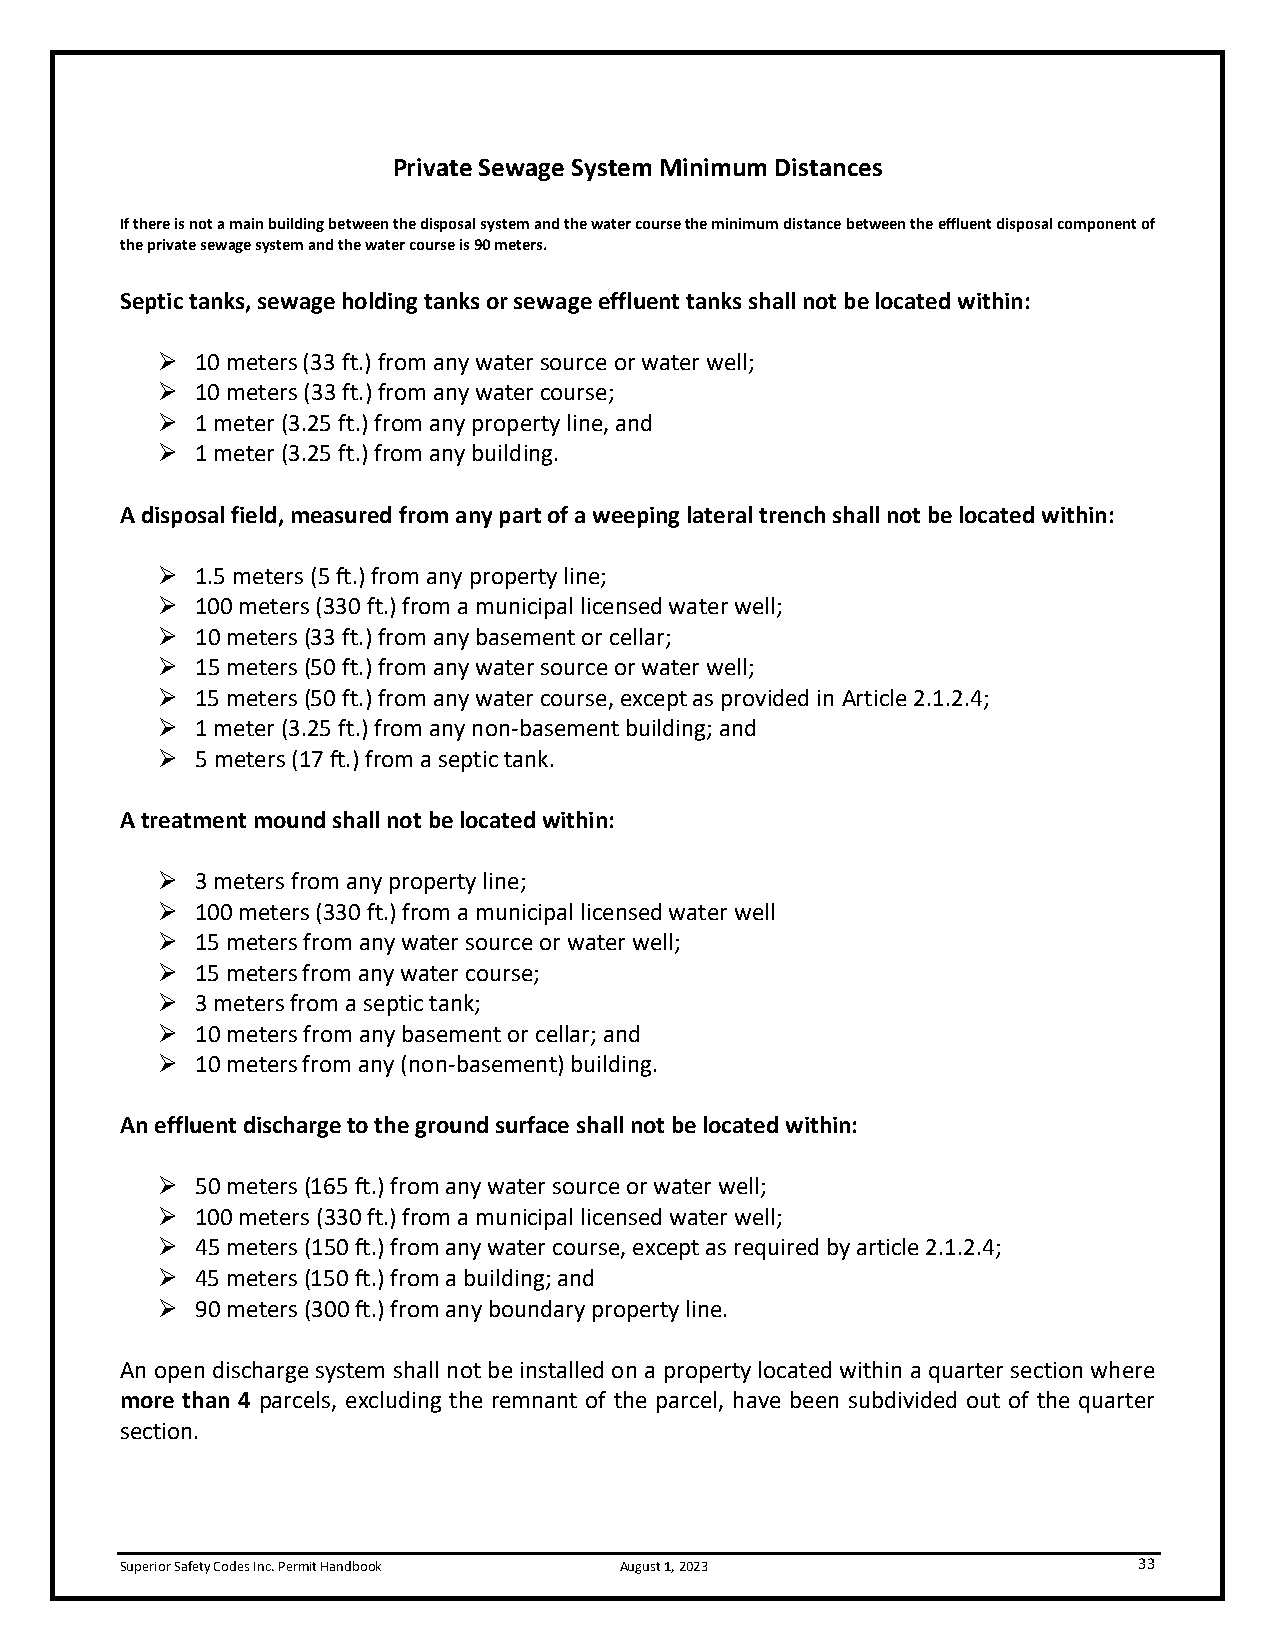
Private Sewage System Minimum Distances
 If there is not a main building between the disposal system and the water course the minimum distance between the effluent disposal component of
 the private sewage system and the water course is 90 meters.
 Septic tanks, sewage holding tanks or sewage effluent tanks shall not be located within:
 ➢  10 meters (33 ft.) from any water source or water well;
 ➢  10 meters (33 ft.) from any water course;
 ➢  1 meter (3.25 ft.) from any property line, and
 ➢  1 meter (3.25 ft.) from any building.
 A disposal field, measured from any part of a weeping lateral trench shall not be located within:
 ➢  1.5 meters (5 ft.) from any property line;
 ➢  100 meters (330 ft.) from a municipal licensed water well;
 ➢  10 meters (33 ft.) from any basement or cellar;
 ➢  15 meters (50 ft.) from any water source or water well;
 ➢  15 meters (50 ft.) from any water course, except as provided in Article 2.1.2.4;
 ➢  1 meter (3.25 ft.) from any non-basement building; and
 ➢  5 meters (17 ft.) from a septic tank.
 A treatment mound shall not be located within:
 ➢  3 meters from any property line;
 ➢  100 meters (330 ft.) from a municipal licensed water well
 ➢  15 meters from any water source or water well;
 ➢  15 meters from any water course;
 ➢  3 meters from a septic tank;
 ➢  10 meters from any basement or cellar; and
 ➢  10 meters from any (non-basement) building.
 An effluent discharge to the ground surface shall not be located within:
 ➢  50 meters (165 ft.) from any water source or water well;
 ➢  100 meters (330 ft.) from a municipal licensed water well;
 ➢  45 meters (150 ft.) from any water course, except as required by article 2.1.2.4;
 ➢  45 meters (150 ft.) from a building; and
 ➢  90 meters (300 ft.) from any boundary property line.
 An open discharge system shall not be installed on a property located within a quarter section where
 more than 4 parcels, excluding the remnant of the parcel, have been subdivided out of the quarter
 section.
 Superior Safety Codes Inc. Permit Handbook August 1, 2023          33